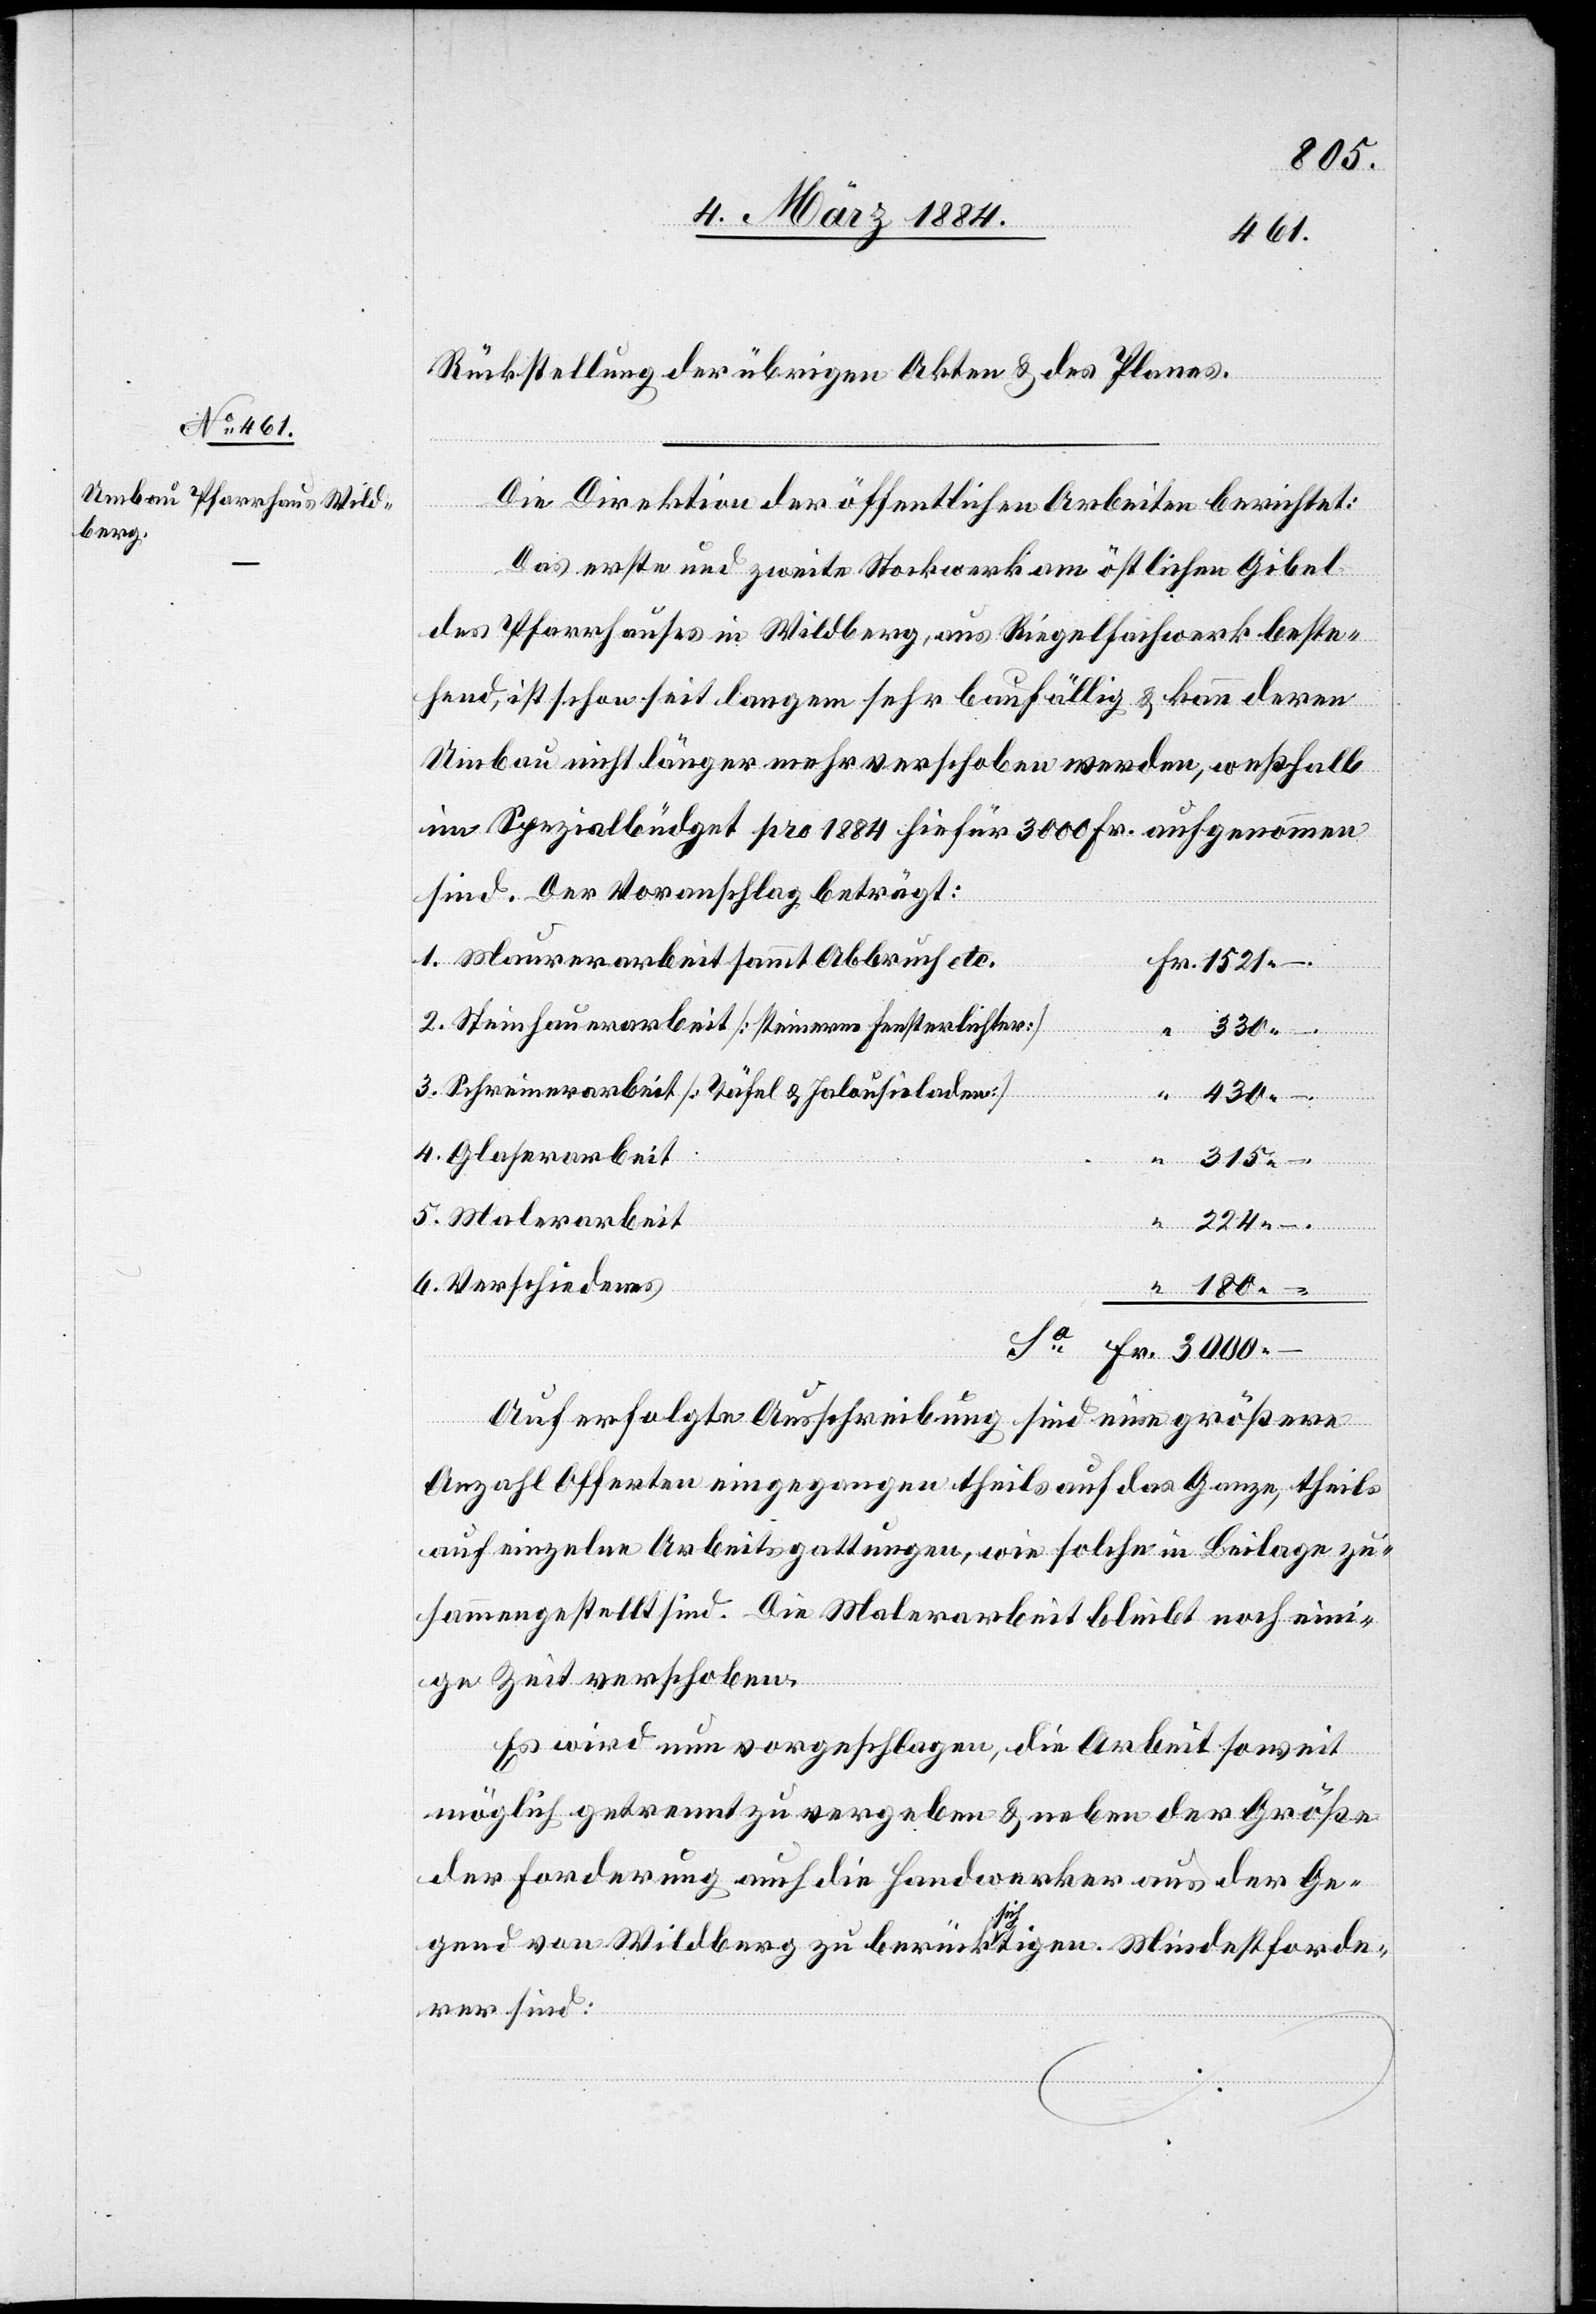
180.–
Rücksendung der übrigen Akten & des Planes.
Die Direktion der öffentlichen Arbeiten berichtet:
Das erste und zweite Stockwerk am östlichen Gibel
des Pfarrhauses in Wildberg, aus Riegelflachwerk beste¬
hend, ist schon seit langem sehr baufällig & kann deren
Umbau nicht länger mehr verschoben werden, weßhalb
im Spezialbüdget pro 1884 hiefür 3000 Fr. aufgenommen
sind. Der Voranschlag beträgt:
Fr.
Maurerarbeit sammt Abbruch etc.
Steinhauerarbeit [steinerne Fensterlichter]
330.–
Schreinerarbeit [Täfel & Jalousienladen]
Glaserarbeit
224.–
Verschiedenes
“
“
Auf erfolgte Ausschreibung sind eine größere
Anzahl Offerten eingegangen theils auf das Ganze, theils
auf einzelne Arbeitsgattungen, wie solche in Beilage zu¬
sammengestellt sind. Die Malerarbeit bleibt noch eini¬
ge Zeit verschoben.
Es wird nun vorgeschlagen, die Arbeit soweit
möglich getrennt zu vergeben & neben der Größe
der Forderung auch die Handwerker aus der Ge¬
gend von Wildberg zu berücksichtigen. Mindestforde¬
rer sind: